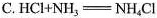
C.$$HCl+NH_{3}=NH_{4}Cl$$